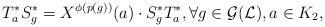
LaTeX: \begin{align*}T^*_aS^*_g=X^{\phi(p(g))}(a)\cdot S^*_gT^*_a, \forall g\in \mathcal{G}(\mathcal{L}), a\in K_2,\end{align*}